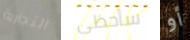
التجارية سأحظى أو